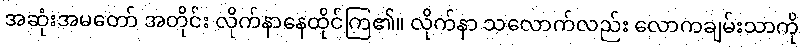
အဆုံးအမတော် အတိုင်း လိုက်နာနေထိုင်ကြ၏။ လိုက်နာ သလောက်လည်း လောကချမ်းသာကို